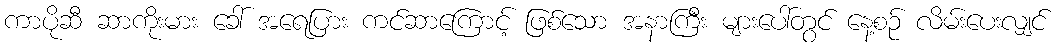
ကာပိုဆီ ဆာကိုးမား ခေါ် အရေပြား ကင်ဆာကြောင့် ဖြစ်သော အနာကြီး များပေါ်တွင် နေ့စဉ် လိမ်းပေးလျှင်